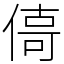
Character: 㑸